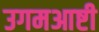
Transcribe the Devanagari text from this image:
उगमआष्टी